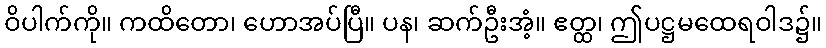
ဝိပါက်ကို။ ကထိတော၊ ဟောအပ်ပြီ။ ပန၊ ဆက်ဦးအံ့။ ဧတ္ထ၊ ဤပဋ္ဌမထေရဝါဒ၌။